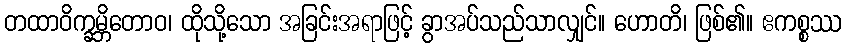
တထာဝိက္ခမ္ဘိတောဝ၊ ထိုသို့သော အခြင်းအရာဖြင့် ခွာအပ်သည်သာလျှင်။ ဟောတိ၊ ဖြစ်၏။ ဧကစ္စဿ